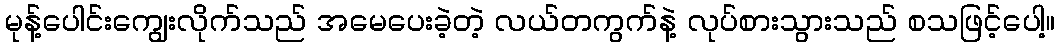
မုန့်ပေါင်းကျွေးလိုက်သည် အမေပေးခဲ့တဲ့ လယ်တကွက်နဲ့ လုပ်စားသွားသည် စသဖြင့်ပေါ့။